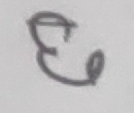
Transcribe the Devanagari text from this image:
६